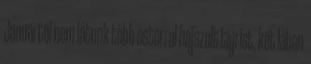
Januártól nem látunk több ostorral hajszolt tigrist, két lábon